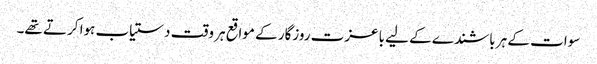
سوات کے ہر باشندے کے لیے باعزت روزگار کے مواقع ہر وقت دستیاب ہوا کرتے تھے۔